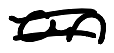
Text: an
Cross-out: double-line
Writing tool: digital_black